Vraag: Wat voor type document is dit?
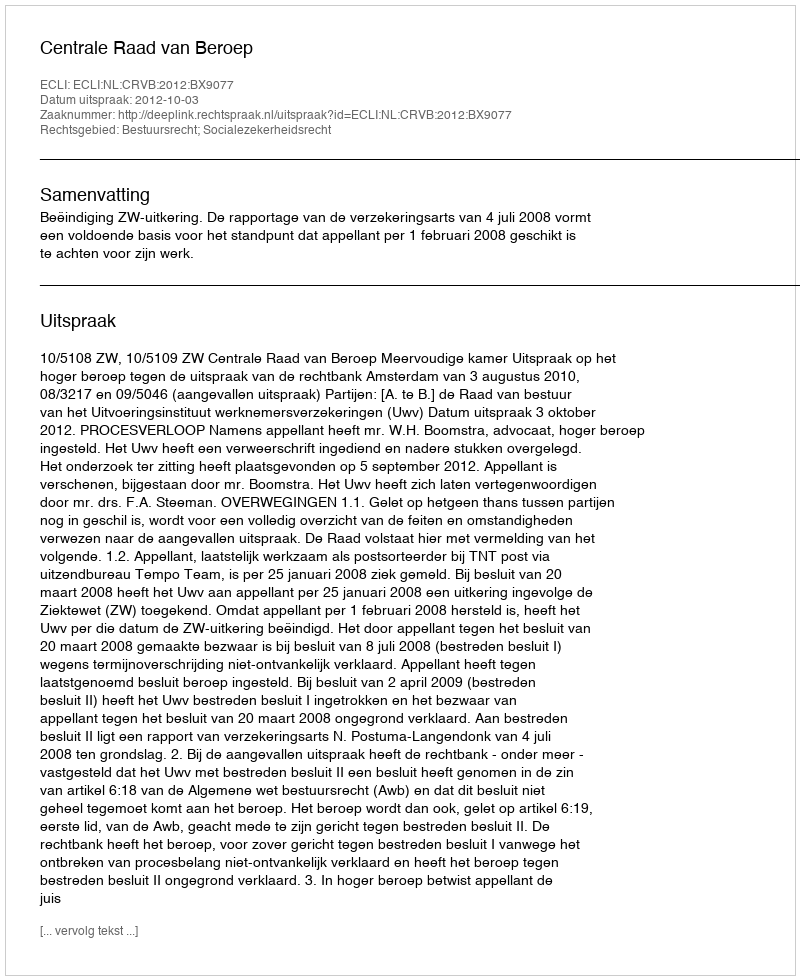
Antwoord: Uitspraak